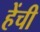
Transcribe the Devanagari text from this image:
हेंची